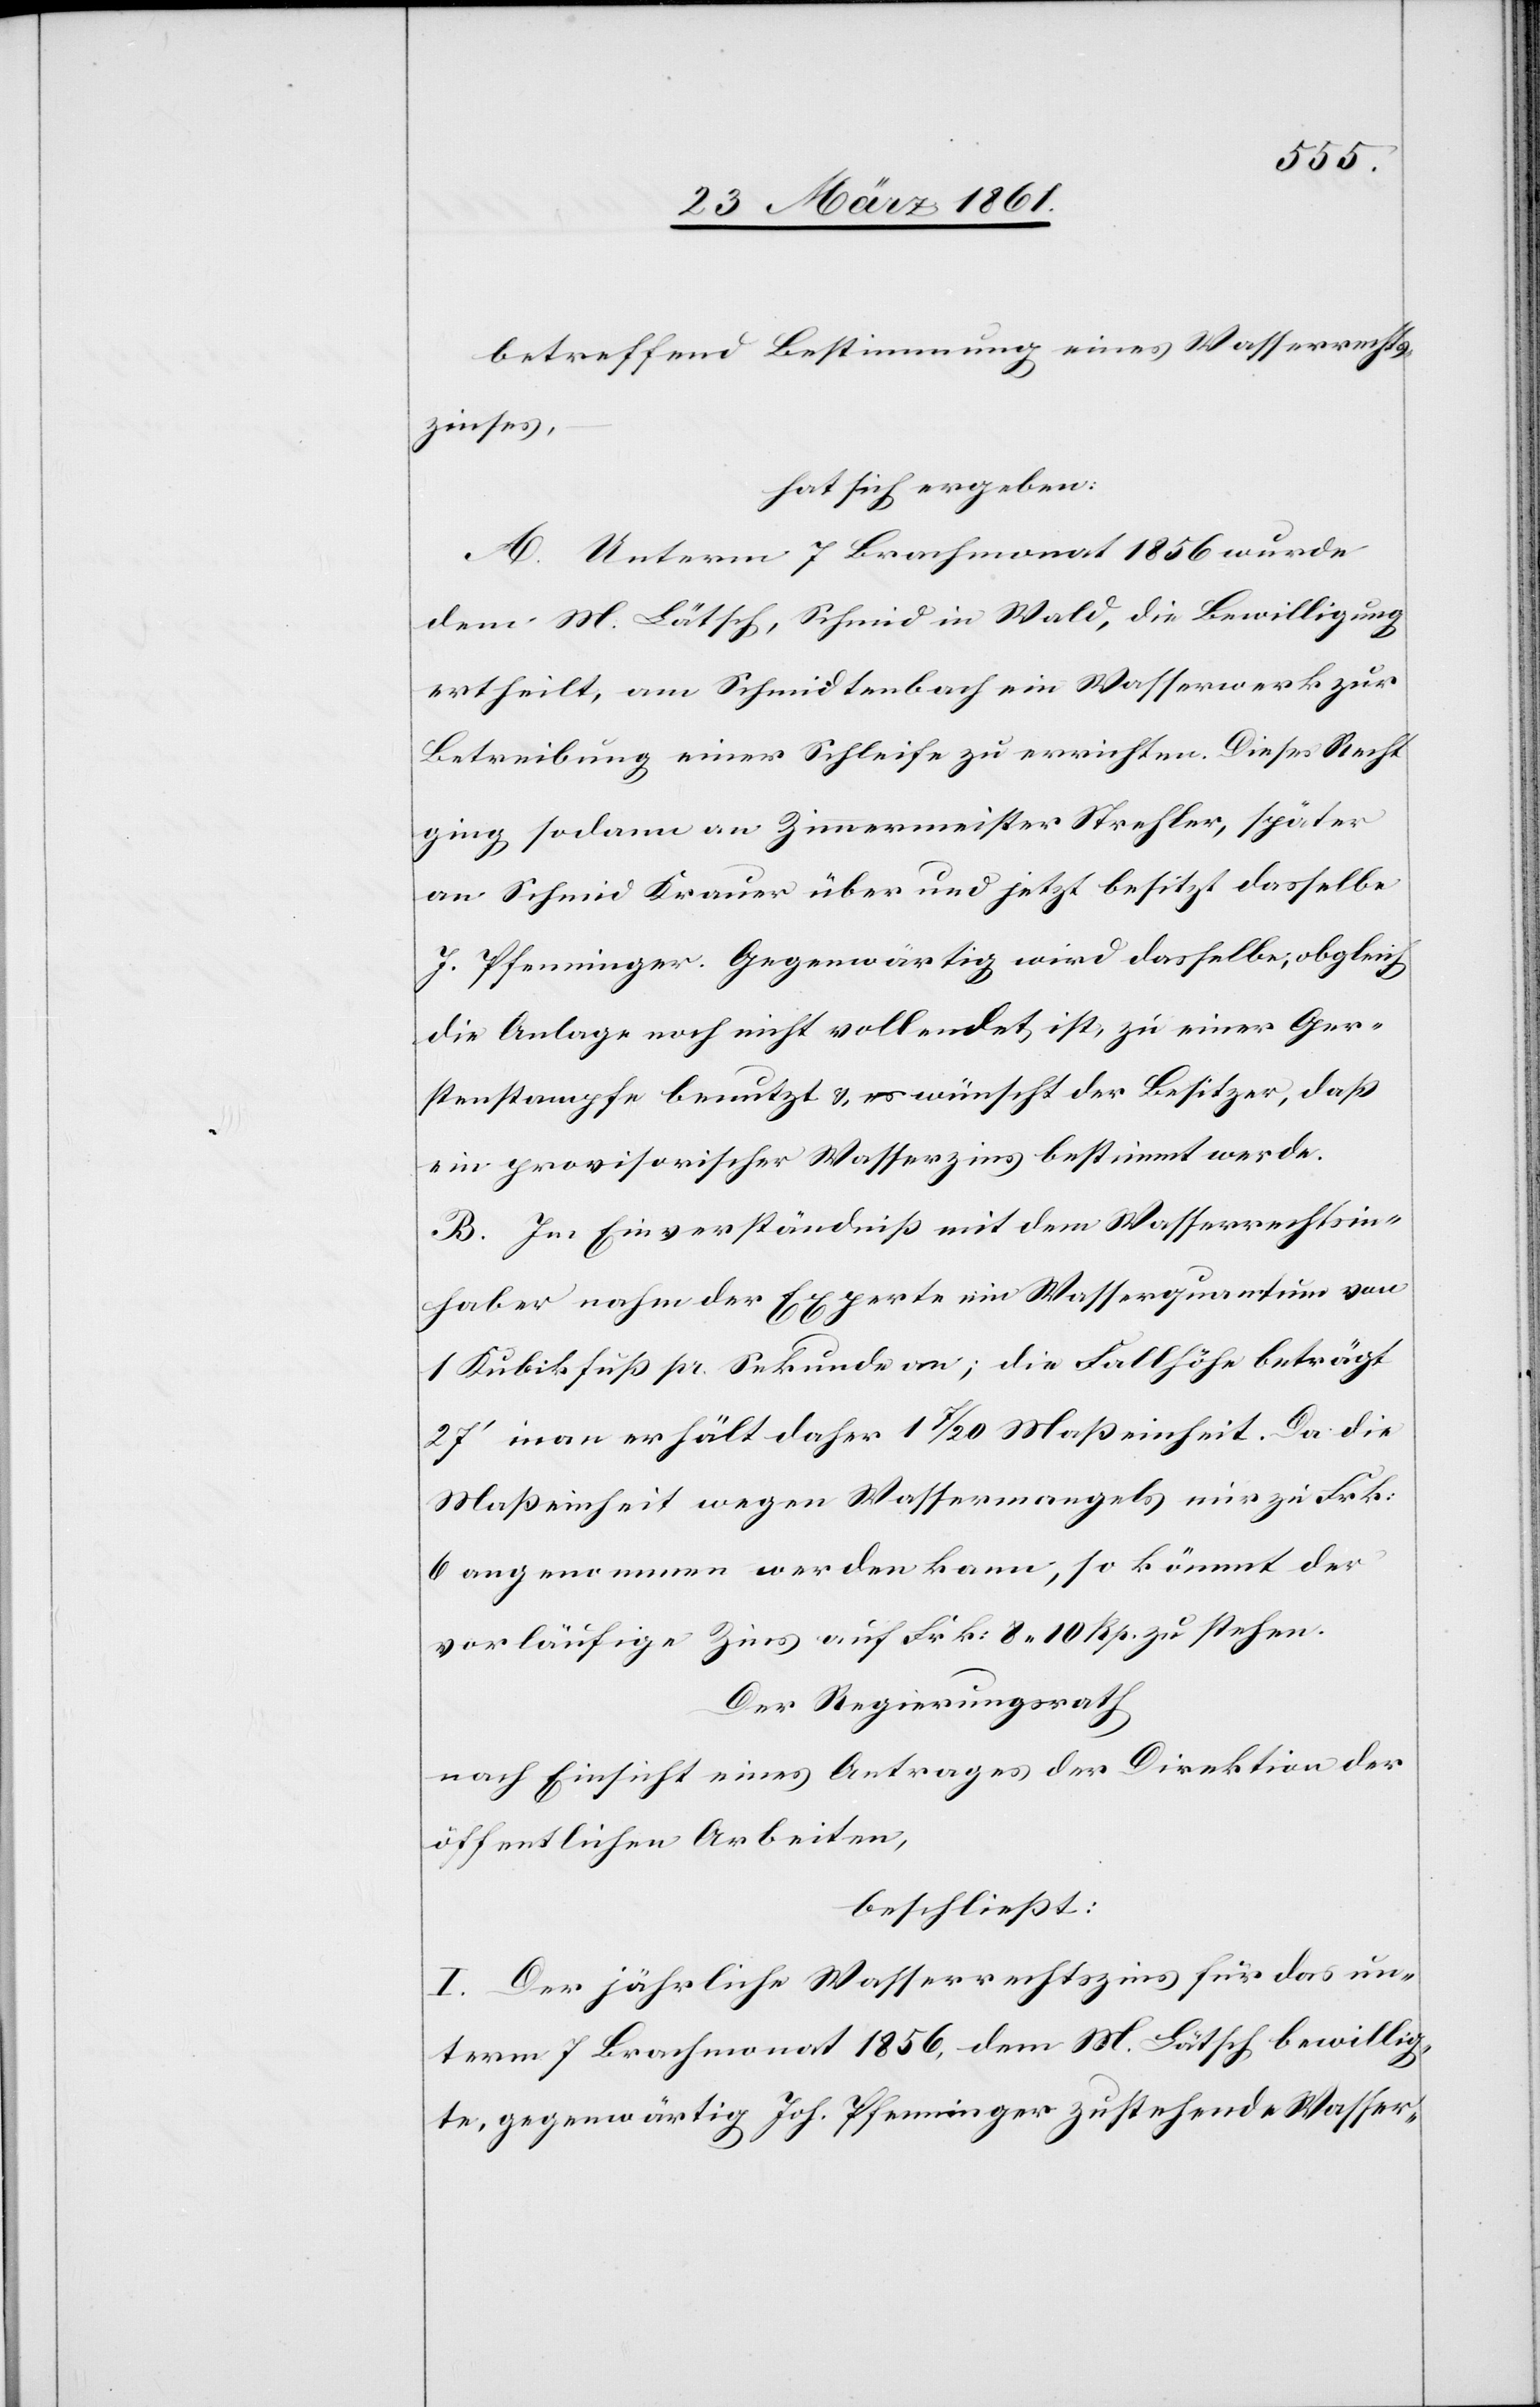
betreffend Bestimmung eines Wasserrechts¬
zinses,
hat sich ergeben:
A. Unterm 7. Brachmonat 1859 wurde
dem M. Lätsch, Schmid in Wald, die Bewilligung
ertheilt, am Schmidtenbach ein Wasserwerk zur
Betreibung einer Schleife zu errichten. Dieses Recht
ging sodann an Zim[m]ermeister Strehler, später
an Schmid Krauer über und jetzt besitzt dasselbe
J. Pfenninger. Gegenwärtig wird dasselbe, obgleich
die Anlage noch nicht vollendet ist, zu einer Ger¬
stenstampfe benutzt u. es wünscht der Besitzer, daß
ein provisorischer Wasserzins bestimmt werde.
B. Im Einverständniß mit dem Wasserrechtsin¬
haber nahm der Experte ein Wasserquantum von
1 Kubikfuß pr. Sekunde an; die Fallhöhe beträgt
27’ man erhält daher 1 7/20 Maßeinheit. Da die
Maßeinheit wegen Wassermangels nur zu Frk:
6 angenommen werden kann, so kömmt der
vorläufige Zins auf Frk: 8 10 Rp. zu stehen.
Der Regierungsrath
nach Einsicht eines Antrages der Direktion der
öffentlichen Arbeiten,
beschließt:
I. Der jährliche Wasserrechtszins für das un¬
term 7. Brachmonat 1856, dem M. Lätsch bewillig¬
te, gegenwärtig Joh. Pfenninger zustehende Wasser-